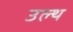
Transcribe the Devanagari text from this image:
उल्थ